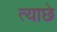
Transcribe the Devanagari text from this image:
त्याछे